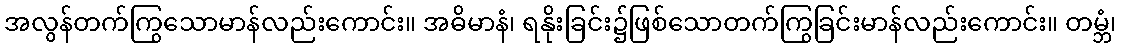
အလွန်တက်ကြွသောမာန်လည်းကောင်း။ အဓိမာနံ၊ ရနိုးခြင်း၌ဖြစ်သောတက်ကြွခြင်းမာန်လည်းကောင်း။ တမ္ဘံ၊